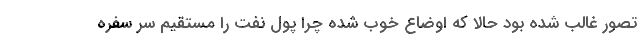
تصور غالب شده بود حالا که اوضاع خوب شده چرا پول نفت را مستقیم سر سفره